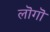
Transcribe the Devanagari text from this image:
लॊगॊ